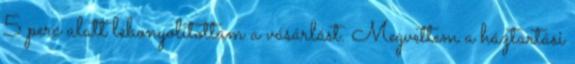
5 perc alatt lebonyolítottam a vásárlást. Megvettem a háztartási